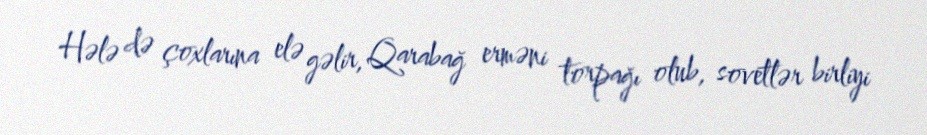
Hələ də çoxlarına elə gəlir, Qarabağ erməni torpağı olub, sovetlər birliyi